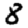
Digit: 8